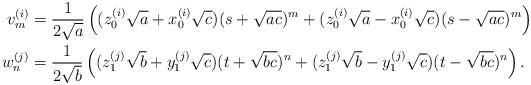
LaTeX: \begin{align*}v_m^{(i)} &= \frac{1}{2\sqrt{a}} \left( (z_0^{(i)} \sqrt{a}+x_0^{(i)}\sqrt{c})(s+\sqrt{ac})^m + (z_0^{(i)} \sqrt{a}-x_0^{(i)}\sqrt{c})(s-\sqrt{ac})^m \right) \\w_n^{(j)} &= \frac{1}{2\sqrt{b}} \left( (z_1^{(j)} \sqrt{b}+y_1^{(j)}\sqrt{c})(t+\sqrt{bc})^n + (z_1^{(j)} \sqrt{b}-y_1^{(j)}\sqrt{c})(t-\sqrt{bc})^n \right).\end{align*}